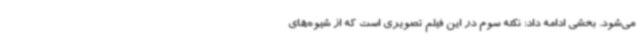
می‌شود. بخشی ادامه داد: نکته سوم در این فیلم تصویری است که از شیوه‌های